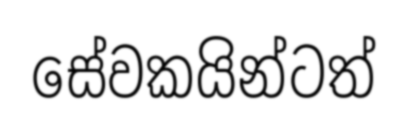
සේවකයින්ටත්